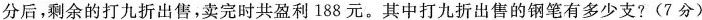
分后，剩余的打九折出售，卖完时共盈利188元。其中打九折出售的钢笔有多少支?(7分)